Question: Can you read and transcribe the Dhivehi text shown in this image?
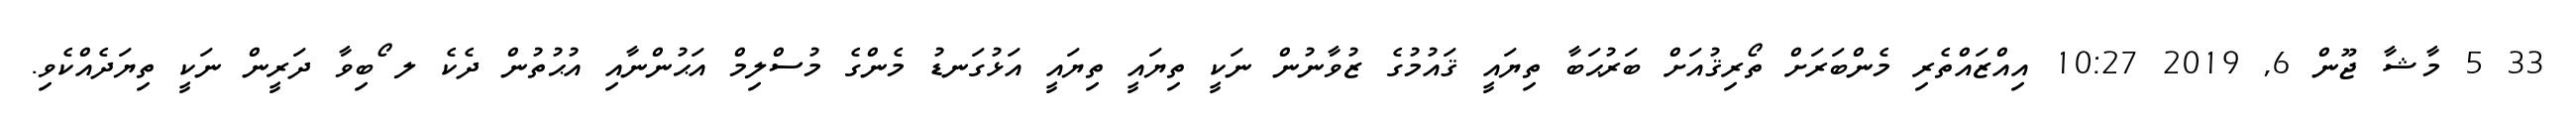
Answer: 33 5 މާޝާ ޖޫން 6, 2019 10:27 އިއްޒައްތެރި މެންބަރަށް ތޯރިޤުއަށް ބަރުޙަބާ ތިޔައީ ޤައުމުގެ ޒުވާނުން ނަކީ ތިޔައީ ތިޔައީ އަޅުގަނޑު މެންގެ މުސްލިމް އަޙުންނާއި އުޙުތުން ދެކެ ލ ޯބިވާ ދަރީން ނަކީ ތިޔަދެއްކެވި.